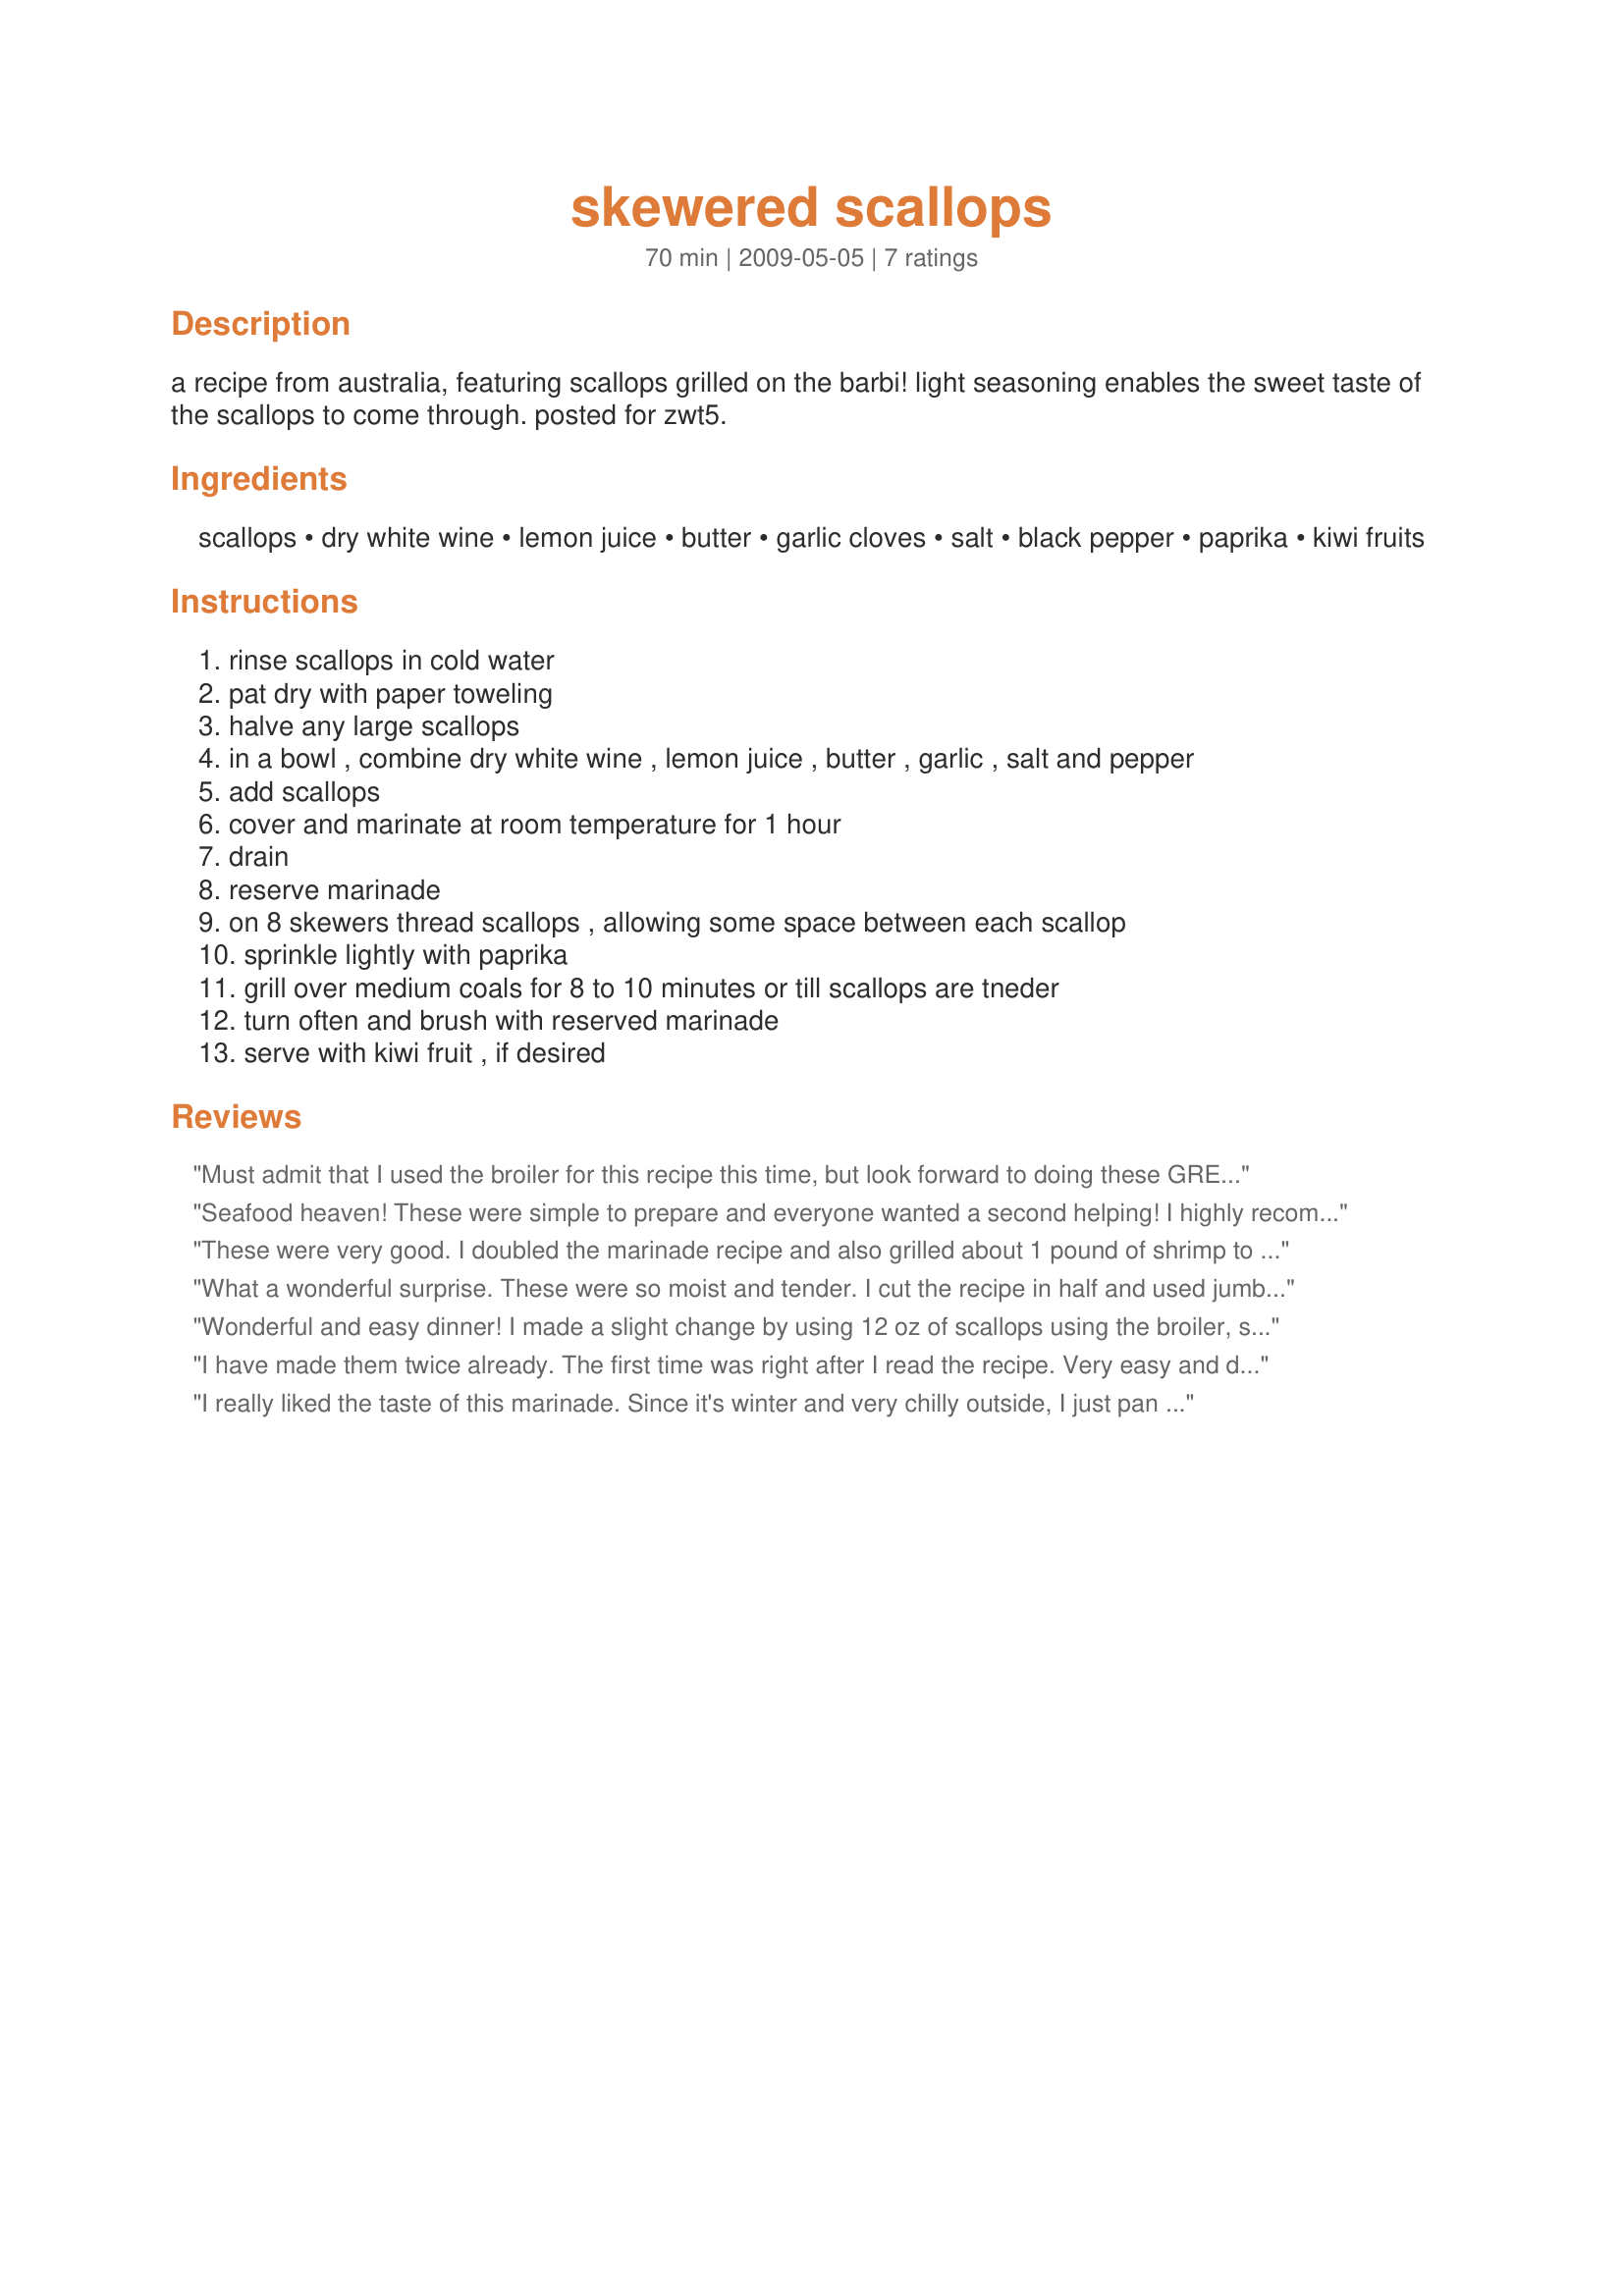
skewered scallops
Preparation time: 70 minutes

a recipe from australia, featuring scallops grilled on the barbi! light seasoning enables the sweet taste of the scallops to come through. posted for zwt5.

Ingredients:
scallops, dry white wine, lemon juice, butter, garlic cloves, salt, black pepper, paprika, kiwi fruits

Steps:
rinse scallops in cold water
pat dry with paper toweling
halve any large scallops
in a bowl , combine dry white wine , lemon juice , butter , garlic , salt and pepper
add scallops
cover and marinate at room temperature for 1 hour
drain
reserve marinade
on 8 skewers thread scallops , allowing some space between each scallop
sprinkle lightly with paprika
grill over medium coals for 8 to 10 minutes or till scallops are tneder
turn often and brush with reserved marinade
serve with kiwi fruit , if desired

Reviews:
Must admit that I used the broiler for this recipe this time, but look forward to doing these GREAT TASTING SCALLOPS on the BBQ another time! Did use lemon pepper instead of the usual S&P, & even found 3 Kiwi fruits that did wonders with the presentation while adding their own subdued flavor! [Tagged, made & reviewed in Please Review My Recipe]
Seafood heaven! These were simple to prepare and everyone wanted a second helping! I highly recommend using the kiwi- it added a perfect balance of fresh flavor. I used sea scallops & the charcoal grill, but I also will try using smaller bay scallops and broiling. Thanks for a great recipe!
These were very good. I doubled the marinade recipe and also grilled about 1 pound of shrimp to go with these. It is similar to some other grilled seafood recipes I've tried, but this was nice because it wasn't overly salty, as I find some to be. A great basic way to grill scallops. I used another reviewer's suggestion to replace the butter with olive oil, and that worked well.
What a wonderful surprise. These were so moist and tender. I cut the recipe in half and used jumbo scallops so I cut those in half too. I omitted the kiwi fruit cuz I didn't have any. I did find the butter hardened as soon as the scallops were added and never did soften while marinating at room temperature. I'm not sure if olive oil would give the same wonderful flavor as butter, so I would stick with butter. These are so easy to prepare. I served them with rice pilaf and recipe #118112 as my side dishes. Thanks for posting. :)
Wonderful and easy dinner! I made a slight change by using 12 oz of scallops using the broiler, served with a salad made with a bag of salad greens, three kiwi, cut into quarters, a pkg of cherry tomatoes and some parmesan. Added the scallops to the individual serving of salad for a wonderful light dinner. Thanks for sharing!
I have made them twice already. The first time was right after I read the recipe. Very easy and delicious. I used half scallops, half prawns. I think next time I'll leave out the butter or use olive oil instead. Made for ZWT5
I really liked the taste of this marinade. Since it's winter and very chilly outside, I just pan seared the scallops with some of the marinade, and it worked perfectly. I'll definitely make these again.
